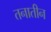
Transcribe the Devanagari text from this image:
तनातीन